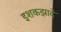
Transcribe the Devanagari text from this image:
इशकझादे